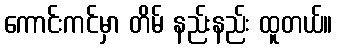
ကောင်းကင်မှာ တိမ် နည်းနည်း ထူတယ်။